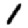
Digit: 1